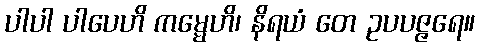
ပါပါ ပါပေဟိ ကမ္မေဟိ၊ နိရယံ တေ ဥပပဇ္ဇရေ။